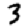
Digit: 3